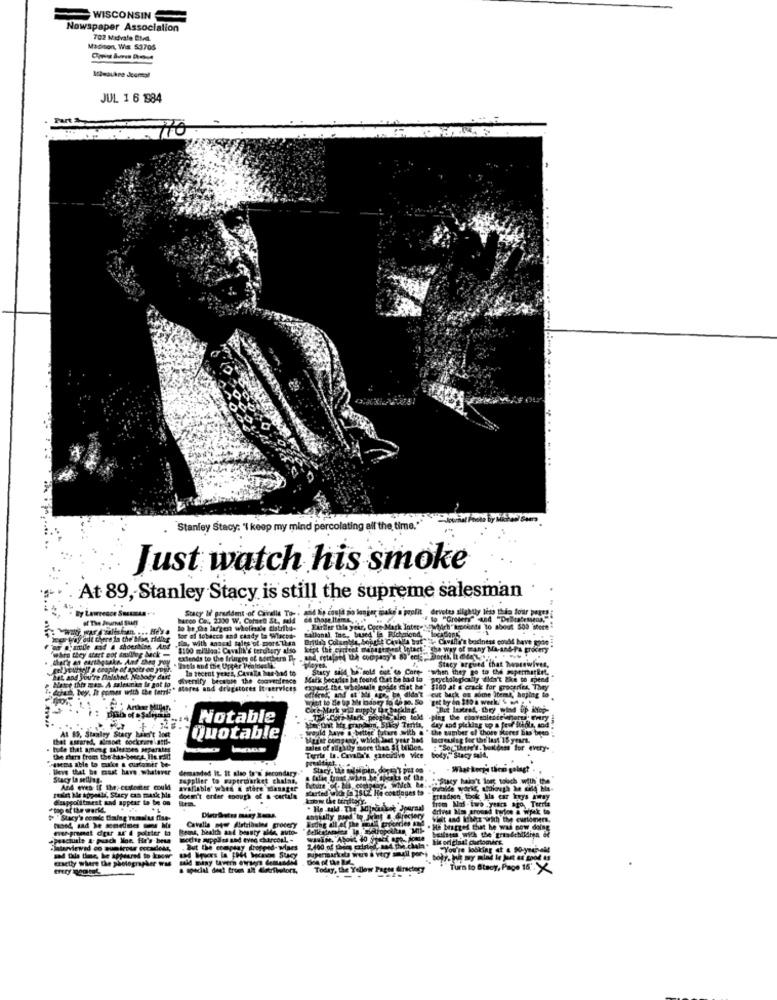
WISCONSIN
Newspaper Association
702 Midvale BMI.
Madison, Wis. 53705
JUL 1 6 1984
70
Stanley Stacy: 'I keep my mind percolating all'the time."
Just watch his smoke
At 89, Stanley Stacy is still the supreme salesman
Stacy Ir prudent of Cavalla To -, and li, could zio longer
L'a profit devotes slightly less thin four pages
bacco Co ., 2300 W. CommeD &t, mald 66 those item
10 be the largest wholesale tistribe-
Either the year, Coce- Mark Interestwhich"Brechts 10 about 500 store
cor way adt there la the' Han ridher
dia, with sansdl tales of more Then
tor of tobacco and candy la Wiacod-
Ballonal the, bused la Richmond, locadans
Brits's Colar
Me, Sought Cavilla but ti- Cavilla's business could have gone
wAre they start eof smaller back -
$100 mi'llaa: Cavallk's teruitary also kept the current management Intact the way of many Ma-and-Pa grocery
hat' an earthquake. And Ehno Joy
extends to the fringen of northern D. , and, rotajan the company's 8'e,Dont, I det ... ..
Stacy argued that housewives,
gel youtell a couple of apetr es Jours
la recent years, Cavala has-bad to
Stacy said he sold out to Come "when they go to the supermarket,
hat and you're Dalshad. Nobody daft
diversify because the convenience
Matk bocades he found that be had to -prychologically didn't bice to spend
forud, bey, It comes with the terri"
"later this man. A salesman is got to .
. stores and drugstores it services
Expand the whalesale goods ciat be" $100 at & crack for groceries. They
ofhired, and at'his age, be didn't -cut back on some itemi, hoping to
Core Mark D mipply Lar backing.
Notable
would have a better future with a " the number of those pieces has been
dry and picking up a fest ittdla, and .
hat assaredd, aimoet cockran atts-
At 89, Stanley Stacy hasn't loct
quotable
Maset chengeny, which last year hos
lacrelug for the last 15 years.
toute that among talesses aparates
sales of sightly more than $1 billion.
"So (there's. builders for every-
body." Stacy Bald,
pasema able to make a circamir be-
the shers from the has-beece, He Fait
Terrle In. Cavallo's executive vice
lieve that he must have whatever
demanded It. It also to's secondary.
Stacy, Le saisman,
Wiat korpe then golag?
Stacy La selling-
Supplier to supermarket chains,
talan troat when he speaks of tan
ay. which he ..
Stacy hasn't lost touch with the
And eves if the; cestester could
available' whes & stare Manager
started wich In 18CZ He continues to
"ovalde york, L,though Me 64 ha-
wie he appelli, Stacy can mark ble
Kappolitmest and appear to be on
doesn't onder enough of a cartala
from Nad-two years ago, Terra
. He said. The Mini
ut Jouran
driven Mos ground twice a wjek to
Stacy's comde Baing rmslu fiup-
annually pand to print & directory
Wait and IfMtr with the curtomers.
mer-great deur ag 4 pointer to
Beans, health and beauty alle, auto-
Cavalla now distribules grocery
. He bragged that he was now doing
punctuate & pusch Mot. He's bese
medie supplies and evne charcoal. -
. But the company dropped- Maes
2.400 of them cristo
Supermarkets were & very small por-toute bobbing at 6 9o.yneveld
tractty where the photographer W'M
Today, the Yellow Pages director
Turn to Stacy, Page 15".X